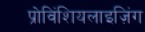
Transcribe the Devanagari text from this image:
प्रोविंशियलाइज़िंग